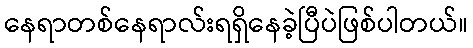
နေရာတစ်နေရာလ်းရရှိနေခဲ့ပြီပဲဖြစ်ပါတယ်။